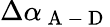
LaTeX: \Delta\alpha_{\mathrm{~A~-~D~}}